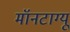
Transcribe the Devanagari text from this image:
मॉनटाग्यू